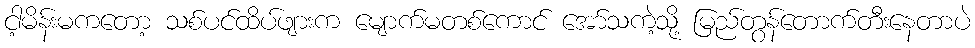
ငါ့မိန်းမကတော့ သစ်ပင်ထိပ်ဖျားက မျောက်မတစ်ကောင် အော်သကဲ့သို့ မြည်တွန်တောက်တီးနေတာပဲ